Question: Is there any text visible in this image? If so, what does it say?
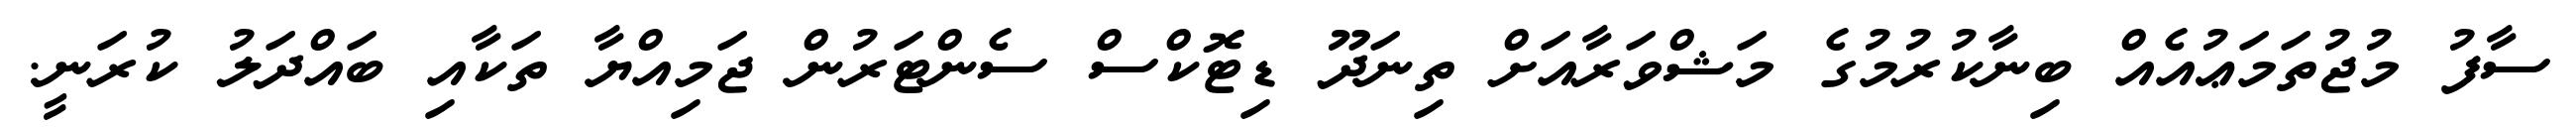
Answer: ސާފު މުޖުތަމަޢުއެއް ބިނާކުރުމުގެ މަޝްވަރާއަށް ތިނަދޫ ޑިޓޮކްސް ސެންޓަރުން ޖަމިއްޔާ ތަކާއި ބައްދަލު ކުރަނީ.